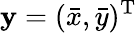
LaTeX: {\mathbf y}=(\bar{x},\bar{y})^{{\mathrm T}}